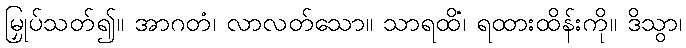
မြှုပ်သတ်၍။ အာဂတံ၊ လာလတ်သော။ သာရထိံ၊ ရထားထိန်းကို။ ဒိသွာ၊